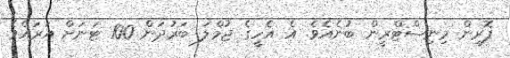
ފޮރިން މިނިސްޓްރީން ބުނެއެވެ. އެ އެހީގެ ޖުމްލަ ބަރުދަން 100 ޓަނަށް އަރައެވެ.